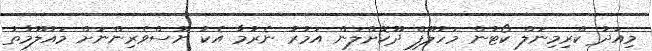
މިއަދު ކްރިމިނަލް ކޯޓުން މަހުލޫފް ދޫކޮށްލަން އަމުރު ނެރުމާ އެކު ނޫސްވެރިންނަށް މައުލޫމާތު